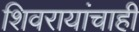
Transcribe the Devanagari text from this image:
शिवरायांचाही